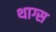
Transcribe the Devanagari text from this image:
थाग्स